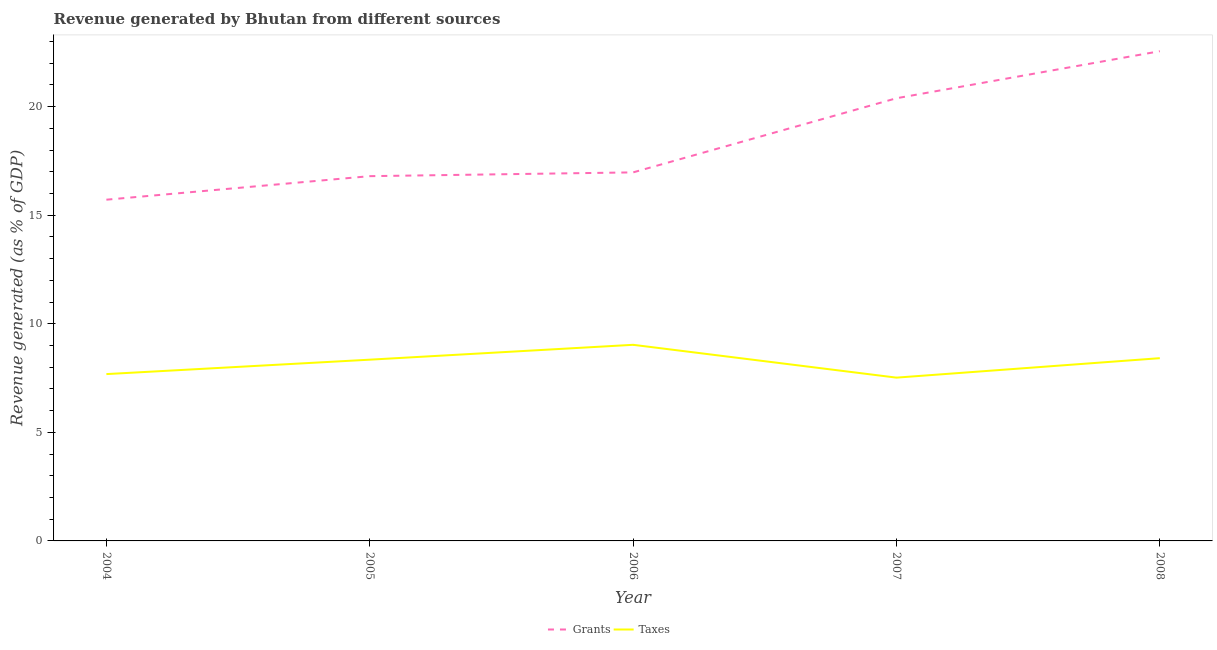
| Year | Grants | Taxes |
 | --- | --- | --- |
 | 2004 | 15.7 | 7.68 |
 | 2005 | 16.8 | 8.35 |
 | 2006 | 17 | 9.03 |
 | 2007 | 20.4 | 7.52 |
 | 2008 | 22.6 | 8.42 |